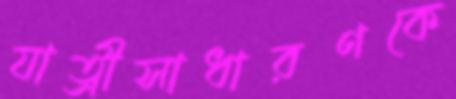
যাত্রীসাধারণকে